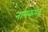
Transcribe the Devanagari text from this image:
नायकपद